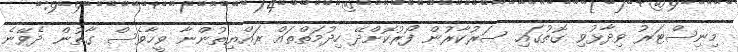
މިނިސްޓަރު ވިދާޅުވި ގޮތުގައި ސަރުކާރުން ފޯރުކޮށްދޭ ހިދުމަތްތައް ރައްޔިތުންނާ ވީހާވެސް ގާތުން ދެވޭނެ